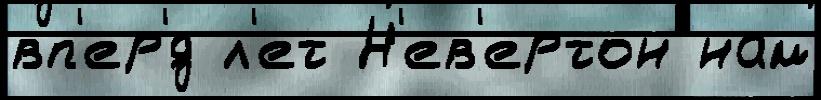
вп'ер'́д л'ет Н'ев'ертон нам